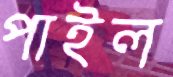
পাইল